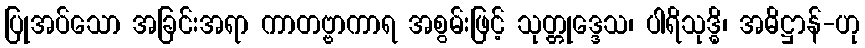
ပြုအပ်သော အခြင်းအရာ ကာတဗ္ဗာကာရ အစွမ်းဖြင့် သုတ္တုဒ္ဒေသ၊ ပါရိသုဒ္ဓိ၊ အဓိဋ္ဌာန်-ဟု